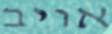
אויב